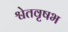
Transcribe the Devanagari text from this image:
श्वेतवृषभ